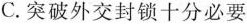
C.突破外交封锁十分必要